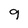
Character: 9